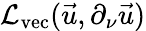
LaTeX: \mathcal{L}_{\mathrm{vec}}(\vec{u},\partial_{\nu}\vec{u})